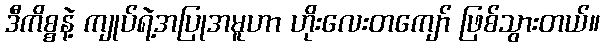
ဒီကိစ္စနဲ့ ကျုပ်ရဲ့အပြုအမူဟာ ဟိုးလေးတကျော် ဖြစ်သွားတယ်။